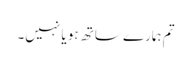
تم ہمارے ساتھ ہو یا نہیں۔